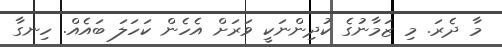
މާ ދެރަ. މި ޒަމާނުގެ ކުދިންނަކީ ވަރަށް އެހެން ކަހަލަ ބައެއް. ހިނގާ